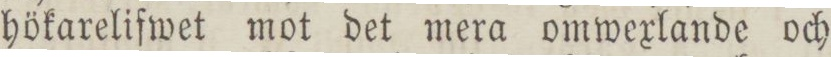
hökarelifwet mot det mera omwexlande och